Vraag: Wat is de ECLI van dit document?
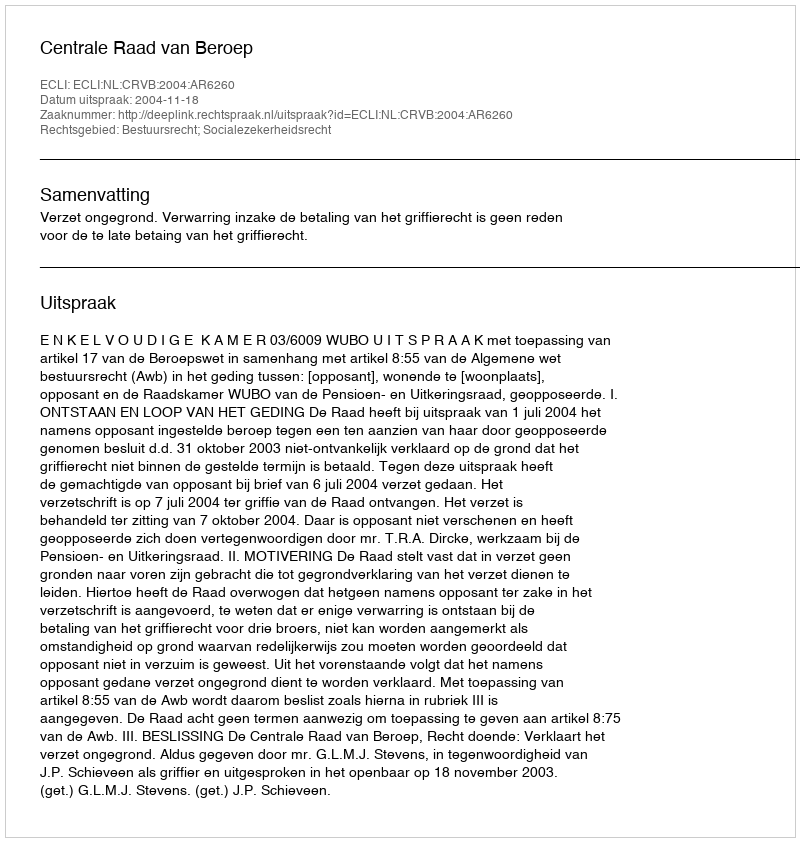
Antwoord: ECLI:NL:CRVB:2004:AR6260